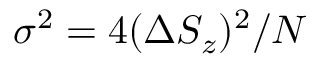
\sigma ^ { 2 } = 4 ( \Delta \ensuremath { S _ { z } } ) ^ { 2 } / N